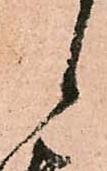
候